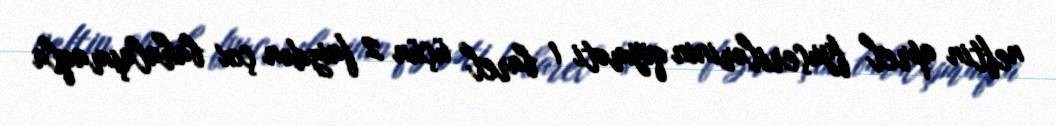
neftin aprel fyuçerslərinin qiyməti 1 barel üçün 2 faizdən çox bahalaşmaqla